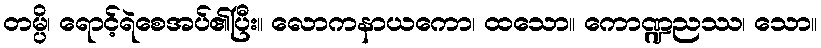
တမ္ပိ၊ ရောင့်ရဲစေအပ်၏ပြီး။ လောကနာယကော၊ ထသော။ ကောဏ္ဍညဿ၊ သော။